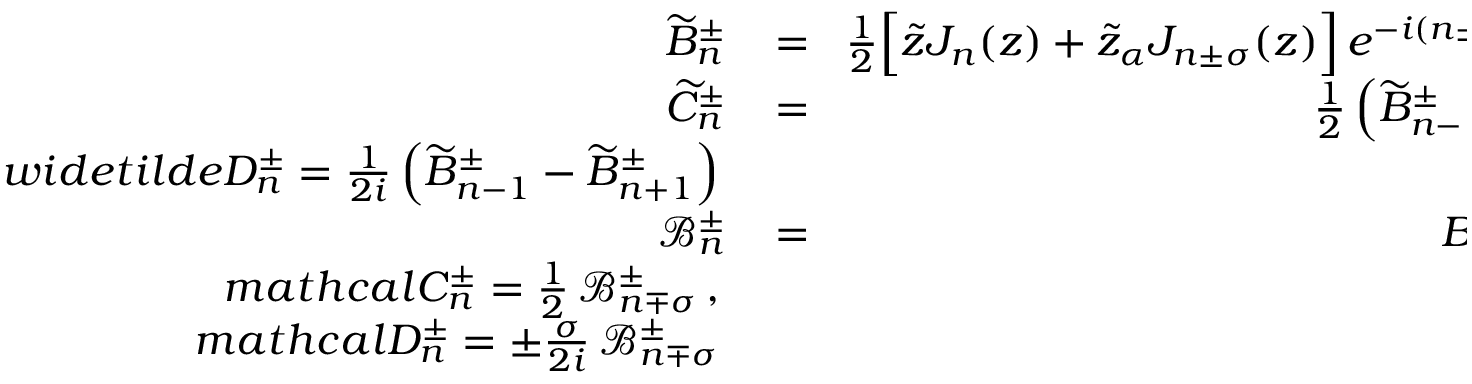
\begin{array} { r l r } { \widetilde { B } _ { n } ^ { \pm } \! } & { { } = } & { \! \frac { 1 } { 2 } \Big [ \tilde { z } J _ { n } ( z ) + \tilde { z } _ { \alpha } J _ { n \pm \sigma } ( z ) \Big ] \, e ^ { - i ( n \pm \sigma ) \eta _ { 0 } } \, e ^ { \pm i \tilde { \eta } _ { \alpha } } } \\ { \widetilde { C } _ { n } ^ { \pm } \! } & { { } = } & { \! \frac { 1 } { 2 } \left( \widetilde { B } _ { n - 1 } ^ { \pm } + \widetilde { B } _ { n + 1 } ^ { \pm } \right) \, , } \\ { w i d e t i l d e { D } _ { n } ^ { \pm } = \frac { 1 } { 2 i } \left( \widetilde { B } _ { n - 1 } ^ { \pm } - \widetilde { B } _ { n + 1 } ^ { \pm } \right) } \\ { \mathcal { B } _ { n } ^ { \pm } \! } & { { } = } & { \! B _ { n \pm \sigma } \, e ^ { \pm i \tilde { \eta } _ { \alpha } } \, , } \\ { m a t h c a l { C } _ { n } ^ { \pm } = \frac { 1 } { 2 } \, \mathcal { B } _ { n \mp \sigma } ^ { \pm } \, , } \\ { m a t h c a l { D } _ { n } ^ { \pm } = \pm \frac { \sigma } { 2 i } \, \mathcal { B } _ { n \mp \sigma } ^ { \pm } } \end{array}